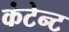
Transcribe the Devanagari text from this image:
कंटेन्ट